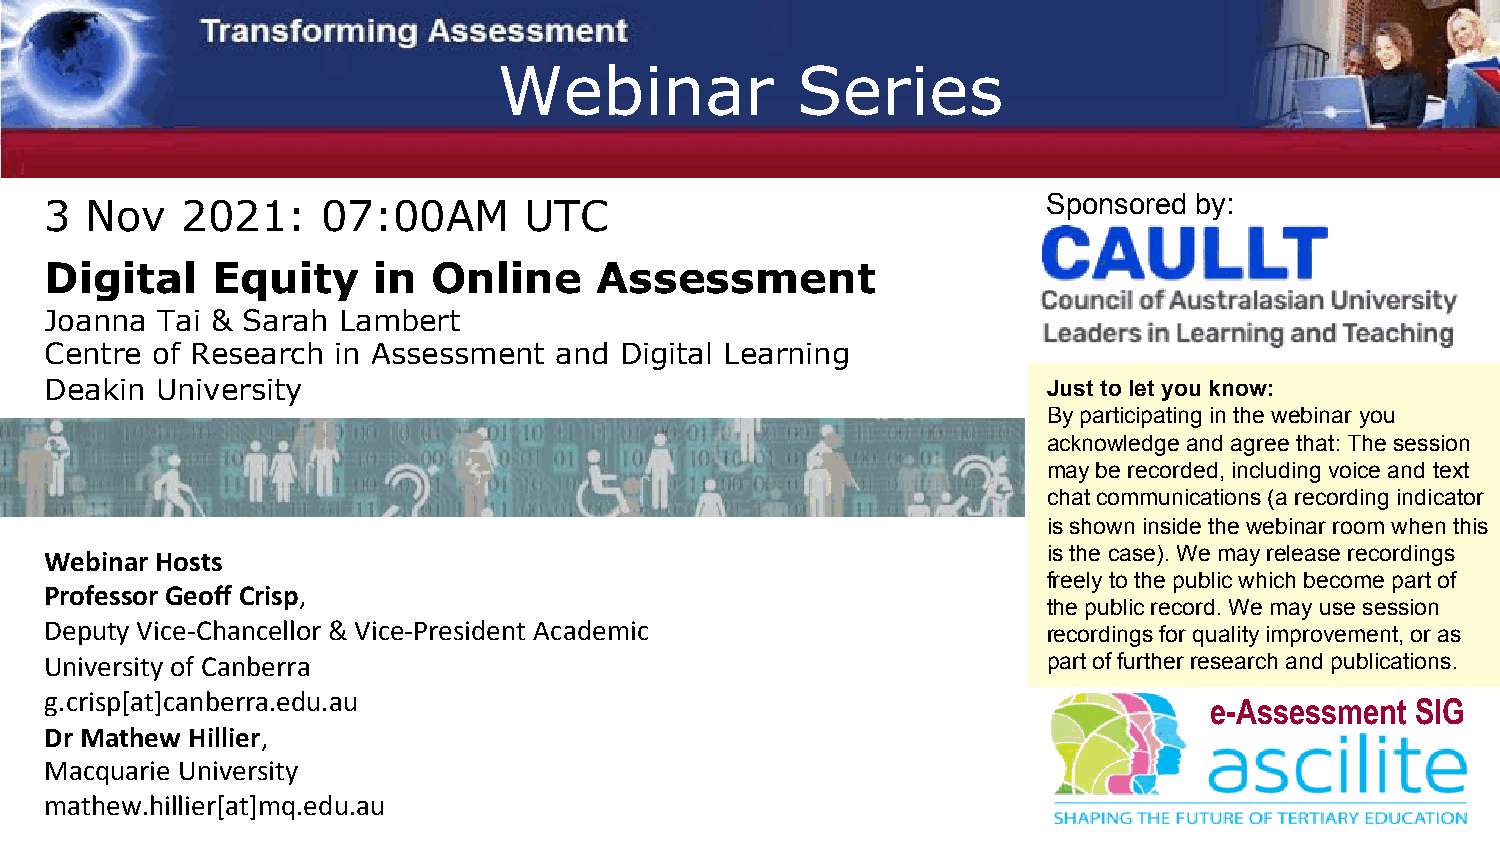
Webinar             Series
 Sponsored by:
 3  Nov   2021:    07:00AM       UTC
 Digital    Equity     in  Online     Assessment
 Joanna Tai & Sarah Lambert
 Centre of Research in Assessment  and Digital Learning
 Deakin University                                                 Just to let you know:
 By participating in the webinar you
 acknowledge and agree that: The session
 may be recorded, including voice and text
 chat communications (a recording indicator
 is shown inside the webinar room when this
 is the case). We may release recordings
 Webinar Hosts
 freely to the public which become part of
 Professor Geoff Crisp,
 the public record. We may use session
 Deputy Vice-Chancellor & Vice-President Academic                  recordings for quality improvement, or as
 University of Canberra                                            part of further research and publications.
 g.crisp[at]canberra.edu.au                                                   e-Assessment  SIG
 Dr Mathew Hillier,
 Macquarie University
 mathew.hillier[at]mq.edu.au